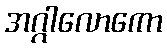
အဂ္ဂါလောကော